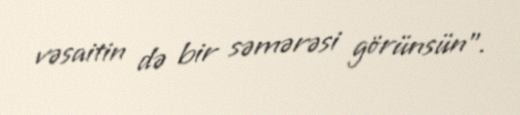
vəsaitin də bir səmərəsi görünsün”.